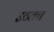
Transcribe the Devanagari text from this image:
उठतच